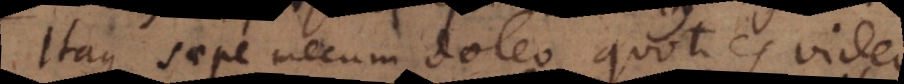
Itaque saepe mecum doleo, quoties video